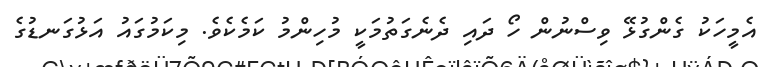
އެމީހަކު ގެންގުޅޭ ވިސްނުން ހޯ ދައި ދެނެގަތުމަކީ މުހިންމު ކަމެކެވެ. މިކަމުގައު އަޅުގަނޑުގެ